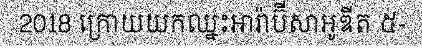
2018 ក្រោយយកឈ្នះអារ៉ាប៊ីសាអូឌីត ៥-